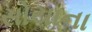
સોયાના